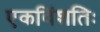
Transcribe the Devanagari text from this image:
एकविंशतिः